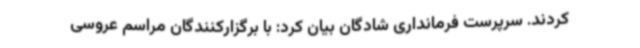
کردند. سرپرست فرمانداری شادگان بیان کرد: با برگزارکنندگان مراسم عروسی